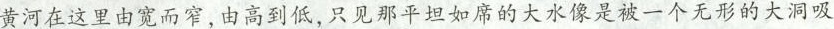
黄河在这里由宽而窄，由高到低，只见那平坦如席的大水像是被一个无形的大洞吸